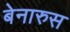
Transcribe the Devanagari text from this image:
बेनारुस